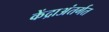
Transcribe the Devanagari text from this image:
केंद्राअंतर्गत